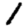
Digit: 1